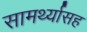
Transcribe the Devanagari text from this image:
सामर्थ्यासह